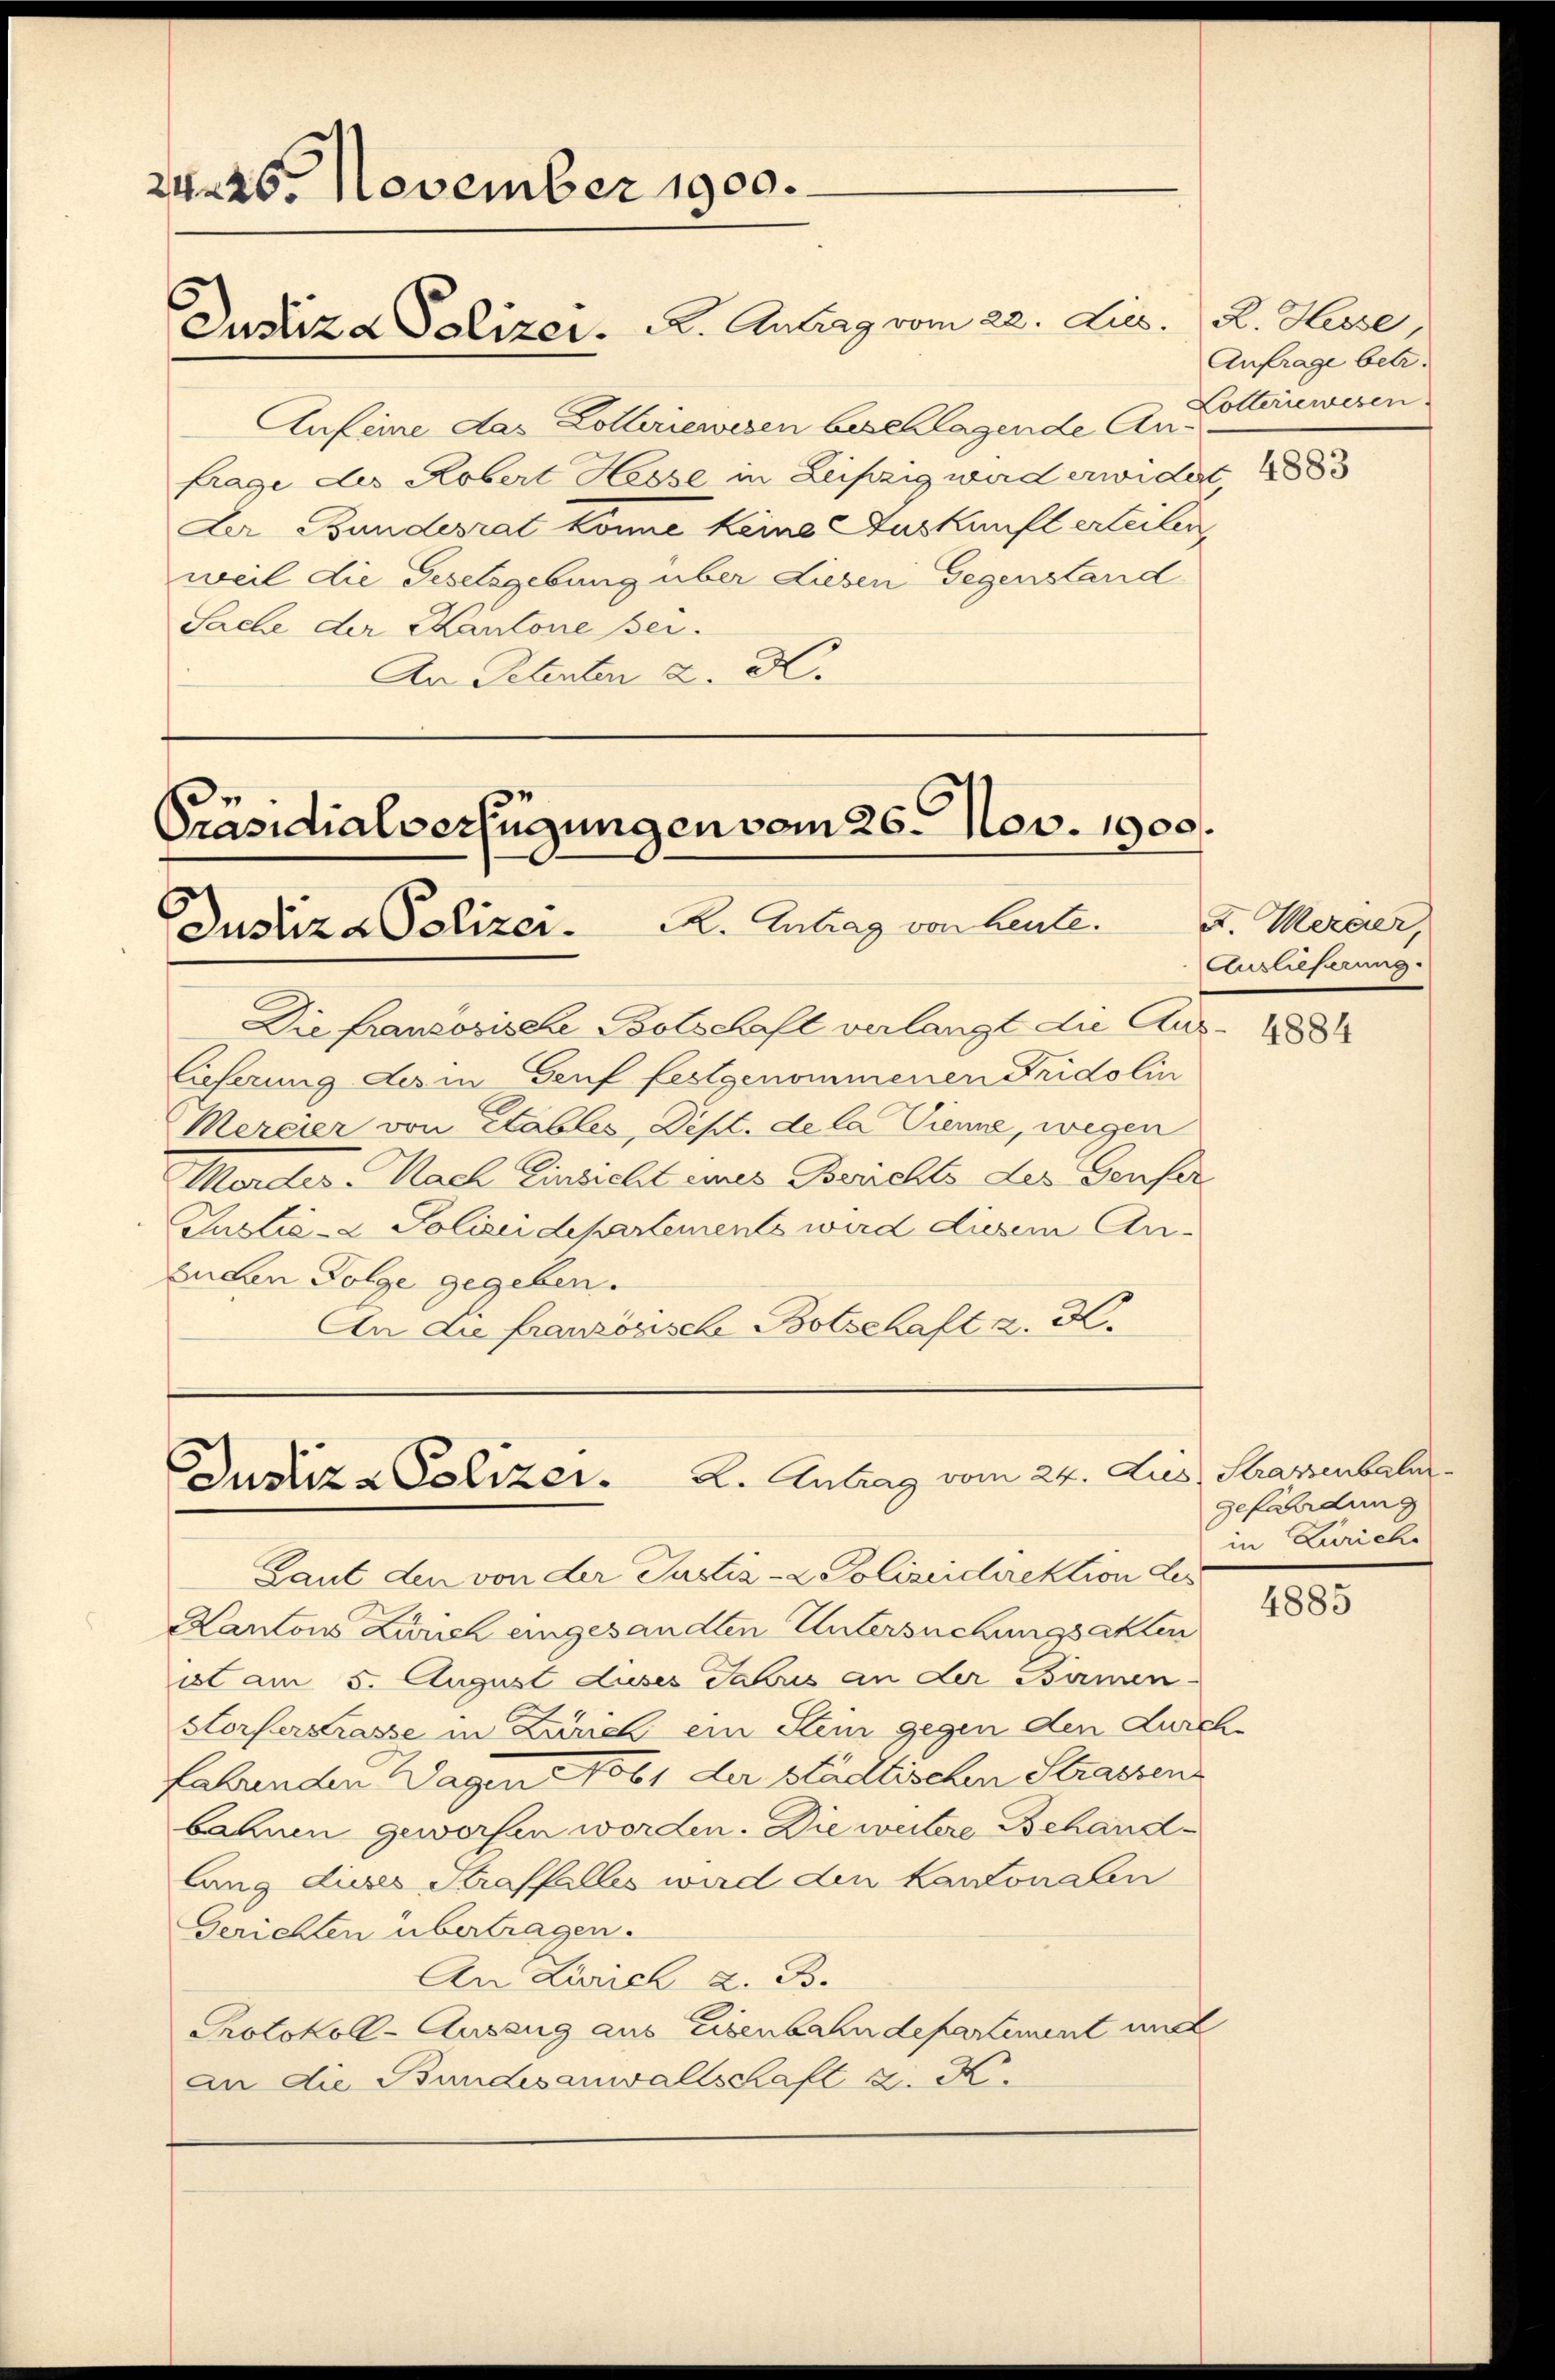
2426. November 1900.
Justiza Polizer. A. Antrag vom 22. Jus.

Anfeine das Lotteriewesen beschlagende Anfrage des Robert Hesse in Leipzig wird erwidert 1883
Der Bundesrat könne keine Auskunft erteilen,
weil die Gesetzgebung über Liesen Gegenstand
Sache der Kantone sei.
An Petenten u. H.

Präsidialverfügungen vom 26. Nov. 1900.
Dustiz & Polizer. K. Antrag von heute. D. Mercier,

Die franzosische Botschaft verlangt die Auslieferung des in Genf festgenommenen Fridolin
Mercier von Etables, Dipt. de la Diene, wegen
Mordes Nach Einsicht eines Berichts des Genfer
Justiz- & Polizeidepartements wird diesem Ansulen Folge gegeben.
An Lie franzonische Botschaft z. K.

Justiz & Polizer. 2. Antrag vom 24. Dies Strassenbela
Laut den von der Justiz- & Polizeidirektion des

Kantons Zürich eingesandten Untersuchungsakten
ist am 5. August Luses Jahres an der Bämen
Storferstrasse in Zürich ein Stein gegen den Durch
habunden Wagen 1861 der städtischen Strassen
bahnen geworfen worden. Die weitere Behandlang dieses Straffalles ward den kantonalen
Gerichten übertragen.
An Zürich z. B.
Protokoll-Auszug aus Eisenbahndepartement und
an die Bundesanwaltschaft z. K.

R. Hesse
Anfrage betr.
Lotteriewesen.

Auslieferung.

4884

gefährdung
in Zürich

2

4885